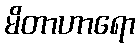
မိတာဟာရော